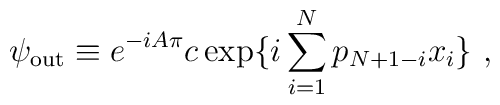
\psi_{\rm out}  \equiv e^{-i A \pi} c \exp  \{ i \sum_{i=1}^N p_{N + 1 - i} x_i \}\,\,,